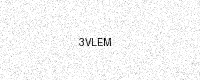
Text: 3VLEM